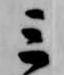
三